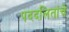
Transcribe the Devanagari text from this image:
पददलितांचे